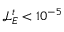
\mathcal { L } _ { E } ^ { t } < 1 0 ^ { - 5 }